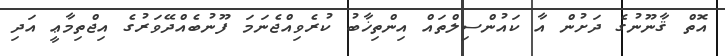
އޮތް ޤާނޫނުގެ ދަށުން އާ ކައުންސިލްތައް އިންތިޚާބު ކުރެވިއްޖެނަމަ ފޫނުބެއްދޭވަރުގެ އިޖްތިމާޢީ އަދި